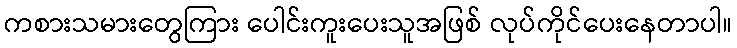
ကစားသမားတွေကြား ပေါင်းကူးပေးသူအဖြစ် လုပ်ကိုင်ပေးနေတာပါ။